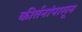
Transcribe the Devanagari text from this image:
कीर्तनांपासून